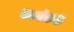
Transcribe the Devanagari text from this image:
कार्यकक्ष